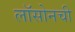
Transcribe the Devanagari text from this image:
लॉसोनची